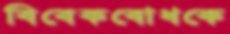
বিবেকবোধকে